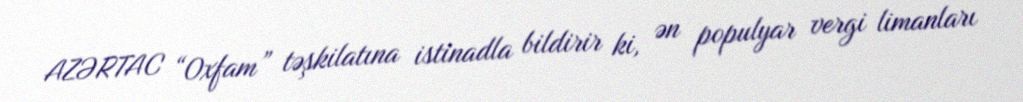
AZƏRTAC “Oxfam” təşkilatına istinadla bildirir ki, ən populyar vergi limanları